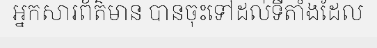
អ្នកសារព័ត៌មាន បានចុះទៅដល់ទីតាំងដែល